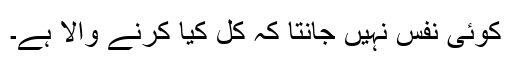
کوئی نفس نہیں جانتا کہ کل کیا کرنے والا ہے۔